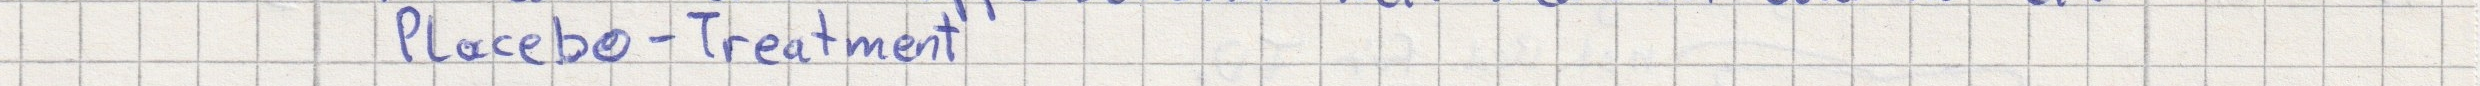
Placebo-Treatment